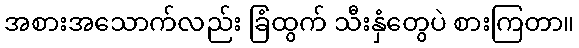
အစားအသောက်လည်း ခြံထွက် သီးနှံတွေပဲ စားကြတာ။